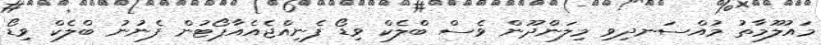
މައުލޫމާތު މުއްސަނދިވި މިލަންދޫން ވެސް ބްލެކް ވިޑޯ ފެނިއްޖެއެއާޕޯޓުން ފެނުނު ބްލެކް ވިޑޯ